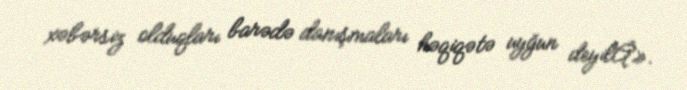
xəbərsiz olduqları barədə danışmaları həqiqətə uyğun deyilÂ».